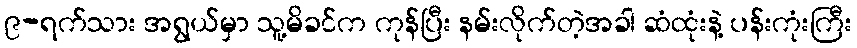
၉-ရက်သား အရွယ်မှာ သူ့မိခင်က ကုန်ပြီး နမ်းလိုက်တဲ့အခါ ဆံထုံးနဲ့ ပန်းကုံးကြီး